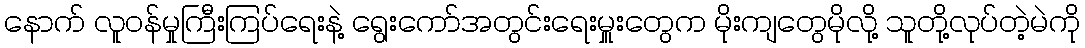
နောက် လူဝန်မှုကြီးကြပ်ရေးနဲ့ ရွေးကော်အတွင်းရေးမှူးတွေက မိုးကျတွေမိုလို့ သူတို့လုပ်တဲ့မဲကို